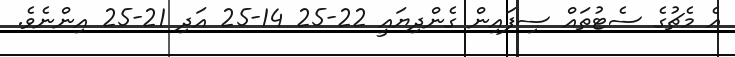
އެ މެޗުގެ ސެޓުތައް ސިފައިން ގެންދިޔައީ 22-25 14-25 އަދި 21-25 އިންނެވެ.